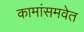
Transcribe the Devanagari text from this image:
कामांसमवेत